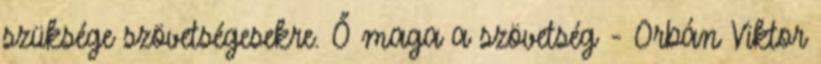
szüksége szövetségesekre. Ő maga a szövetség - Orbán Viktor